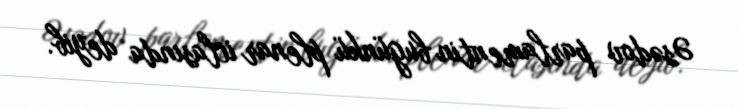
Əsədov parlamentin bugünkü plenar iclasında deyib.